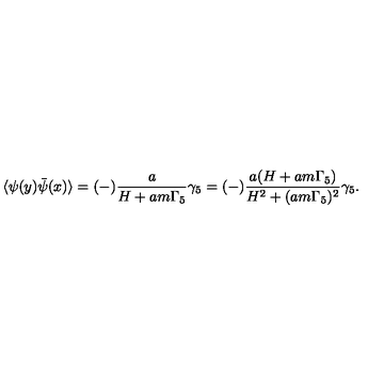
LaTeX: \langle \psi ( y ) \bar { \psi } ( x ) \rangle = ( - ) \frac { a } { H + a m \Gamma _ { 5 } } \gamma _ { 5 } = ( - ) \frac { a ( H + a m \Gamma _ { 5 } ) } { H ^ { 2 } + ( a m \Gamma _ { 5 } ) ^ { 2 } } \gamma _ { 5 } .